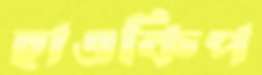
হাওকিপ